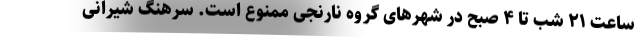
ساعت ۲۱ شب تا ۴ صبح در شهر‌های گروه نارنجی ممنوع است. سرهنگ شیرانی